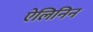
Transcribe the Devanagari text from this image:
ऐलिनिन